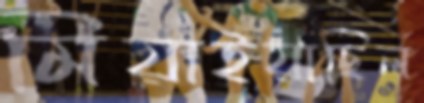
মিয়াইয়াছিল